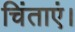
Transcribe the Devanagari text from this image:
चिंताएं।